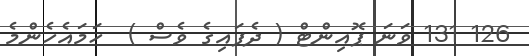
126 131 ވަނަ ޕޮއިންޓް ( ދެފައިގެ ވެސް )  ހަމައެހެންމެ